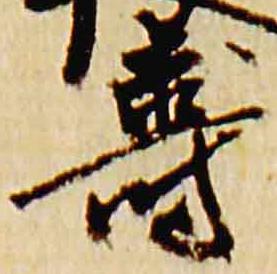
寿